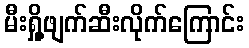
မီးရှို့ဖျက်ဆီးလိုက်ကြောင်း